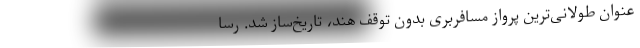
عنوان طولانی‌ترین پرواز مسافربری بدون توقف هند، تاریخ‌ساز شد. رسا